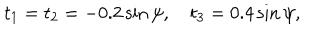
LaTeX: t _ { 1 } = t _ { 2 } = - 0 . 2 \sin \psi , \quad t _ { 3 } = 0 . 4 \sin \psi ,